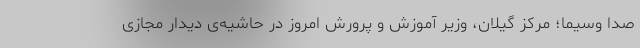
صدا وسیما؛ مرکز گیلان، وزیر آموزش و پرورش امروز در حاشیه‌ی دیدار مجازی